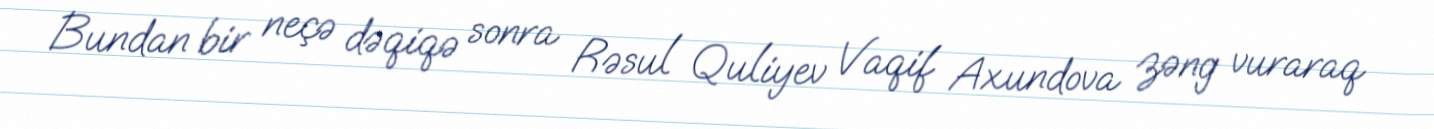
Bundan bir neçə dəqiqə sonra Rəsul Quliyev Vaqif Axundova zəng vuraraq